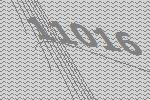
11016